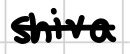
Text: Shiva
Cross-out: single-line
Writing tool: digital_black